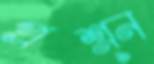
প্রশ্ন্ন